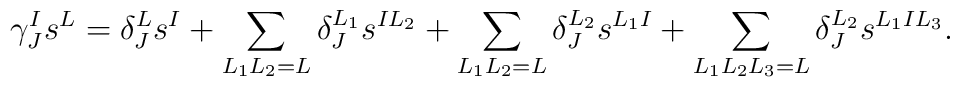
\gamma^I_J s^L = \delta^L_J s^I + \sum_{L_1 L_2 = L} \delta^{L_1}_J s^{I L_2}    + \sum_{L_1 L_2 = L} \delta^{L_2}_J s^{L_1 I} + \sum_{L_1 L_2 L_3 = L} \delta^{L_2}_J s^{L_1 I L_3}.